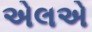
એલએ